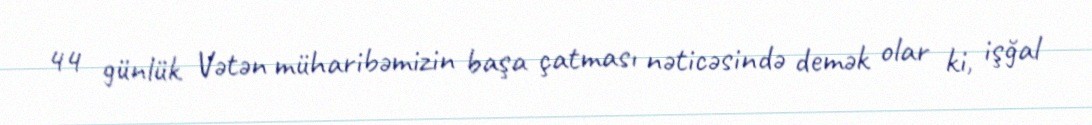
44 günlük Vətən müharibəmizin başa çatması nəticəsində demək olar ki, işğal